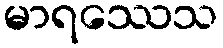
မာရဿေသ